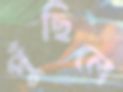
পুঁছিলে